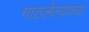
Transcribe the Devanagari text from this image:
गाठलेल्यांच्या